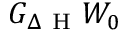
G _ { \Delta \mathrm { ~ H ~ } } W _ { 0 }